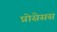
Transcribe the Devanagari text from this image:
प्रोसेसस